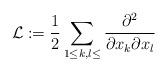
LaTeX: \begin{align*} \mathcal{L}:= \frac{1}{2} \sum_{1\leq k,l \leq } \dfrac{\partial^2}{\partial x_k \partial x_l} \end{align*}